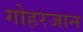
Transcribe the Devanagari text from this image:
गोहरजान